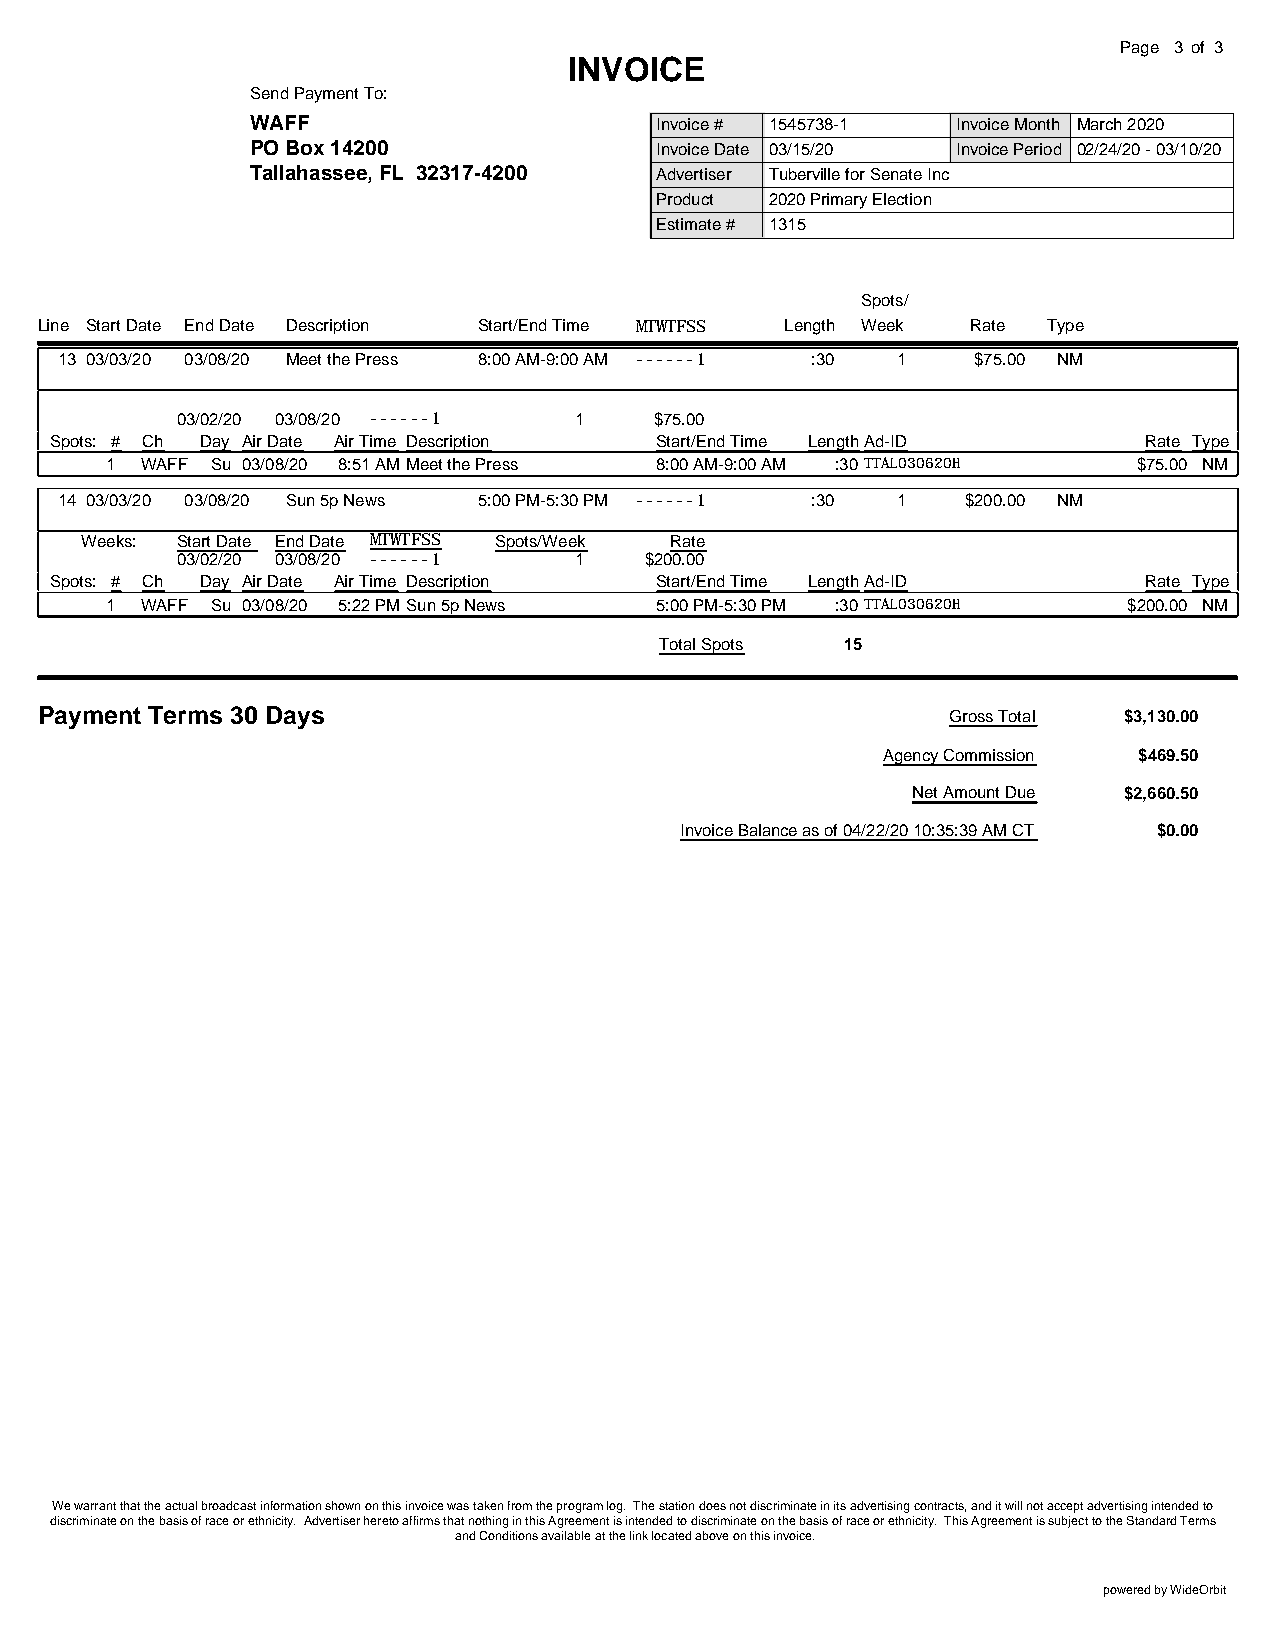
Page 3 of 3
 INVOICE
 Send Payment To:
 WAFF                      Invoice # 1545738-1 Invoice Month March 2020
 PO Box 14200              Invoice Date 03/15/20 Invoice Period 02/24/20 - 03/10/20
 Tallahassee, FL 32317-4200 Advertiser Tuberville for Senate Inc
 Product 2020 Primary Election
 Estimate # 1315
 Spots/
 Line Start Date End Date Description Start/End Time MTWTFSS Length Week Rate Type
 13 03/03/20 03/08/20 Meet the Press 8:00 AM-9:00 AM ------1 :30 1 $75.00 NM
 03/02/20 03/08/20 ------1 1    $75.00
 Spots: # Ch Day Air Date Air Time Description Start/End Time LengthAd-ID Rate Type
 1 WAFF Su 03/08/20 8:51 AMMeet the Press 8:00 AM-9:00 AM :30 TTAL030620H $75.00 NM
 14 03/03/20 03/08/20 Sun 5p News 5:00 PM-5:30 PM ------1 :30 1 $200.00 NM
 Weeks: Start Date End Date MTWTFSS Spots/Week Rate
 03/02/20 03/08/20 ------1 1    $200.00
 Spots: # Ch Day Air Date Air Time Description Start/End Time LengthAd-ID Rate Type
 1 WAFF Su 03/08/20 5:22 PMSun 5p News 5:00 PM-5:30 PM :30 TTAL030620H $200.00 NM
 Total Spots 15
 Payment Terms 30 Days                                        Gross Total $3,130.00
 Agency Commission $469.50
 Net Amount Due $2,660.50
 Invoice Balance as of 04/22/20 10:35:39 AM CT $0.00
 We warrant that the actual broadcast information shown on this invoice was taken from the program log. The station does not discriminate in its advertising contracts, and it will not accept advertising intended to
 discriminate on the basis of race or ethnicity. Advertiser hereto affirms that nothing in this Agreement is intended to discriminate on the basis of race or ethnicity. This Agreement is subject to the Standard Terms
 and Conditions available at the link located above on this invoice.
 powered by WideOrbit